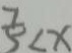
\frac { 7 } { 5 } < x